Vaccination United Provinces of Agra and Oudh 1923-1928 - 1923-1928
Year: 1923
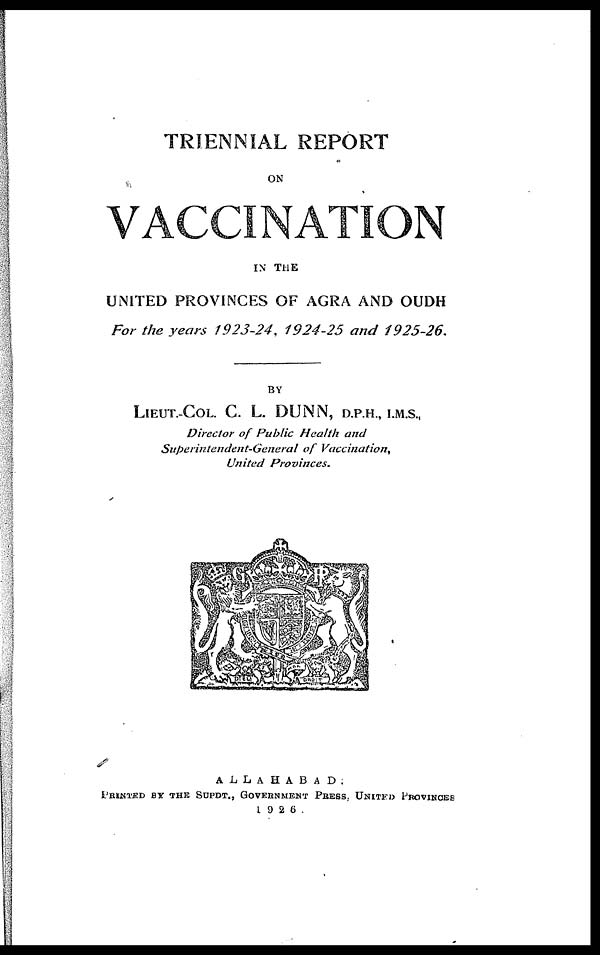
TRIENNIAL REPORT
ON
VACCINATION
IN THE
UNITED PROVINCES OF AGRA AND OUDH
For the years 1923-24, 1924-25 and 1925-26.
BY
LIEUT.-COL. C. L. DUNN, D.P.H., I.M.S.,
Director of Public Health and
Superintendent-General
of Vaccination,
United
Provinces.
ALLAHABAD.
PRINTED BY THE SUPDT., GOVERNMENT PRESS. UNITED PROVINCES
1926